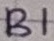
Text: B1